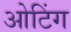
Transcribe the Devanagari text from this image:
ओटिंग